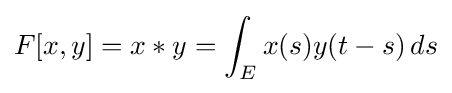
F[x,y]=x*y=\int _{E}x(s)y(t-s)\,ds